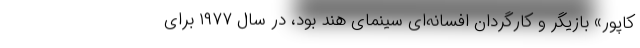
کاپور» بازیگر و کارگردان افسانه‌ای سینمای هند بود، در سال ۱۹۷۷ برای